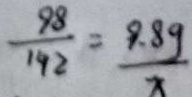
\frac { 9 8 } { 1 9 2 } = \frac { 9 . 8 g } { x }